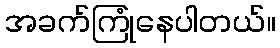
အခက်ကြုံနေပါတယ်။